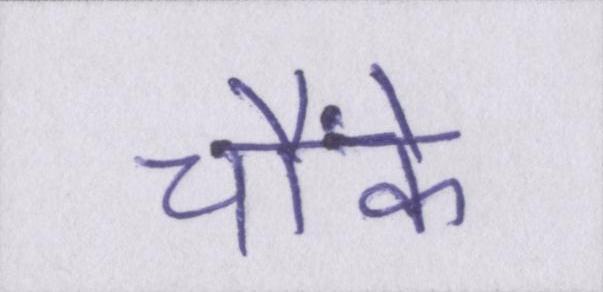
चौंके